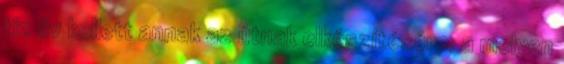
tiz év kellett annak az útnak elkészítésére, a melyen